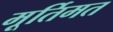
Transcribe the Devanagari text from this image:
मूर्तिमत